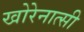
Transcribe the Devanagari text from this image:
खोरेनात्सी